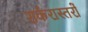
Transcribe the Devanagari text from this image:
शर्करास्तरों